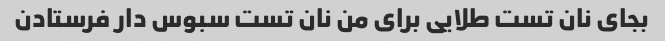
بجای نان تست طلایی برای من نان تست سبوس دار فرستادن